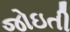
જોઇતી